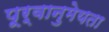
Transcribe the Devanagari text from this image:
पूर्वानुमेयता